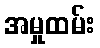
အမှုထမ်း